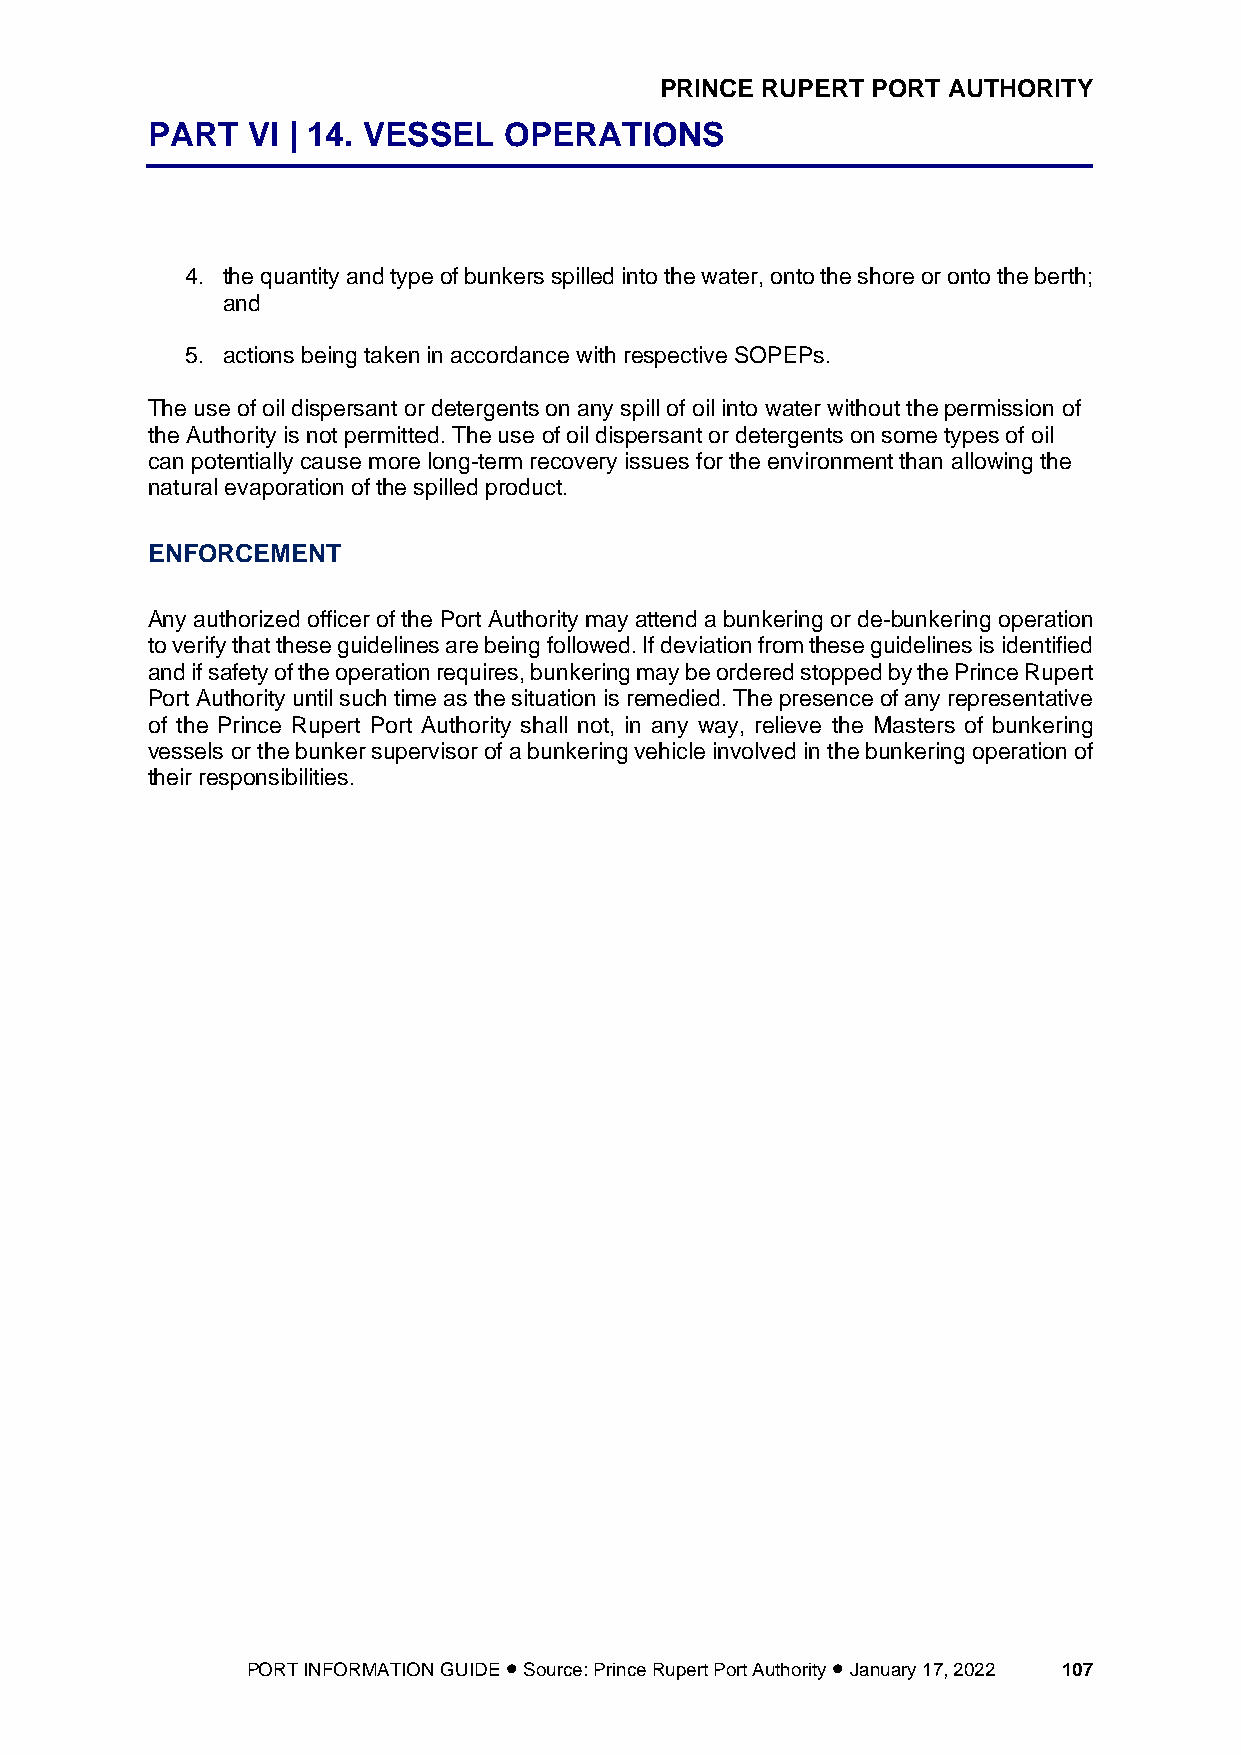
PRINCE RUPERT PORT AUTHORITY
 PART  VI | 14. VESSEL  OPERATIONS
 4. the quantity and type of bunkers spilled into the water, onto the shore or onto the berth;
 and
 5. actions being taken in accordance with respective SOPEPs.
 The use of oil dispersant or detergents on any spill of oil into water without the permission of
 the Authority is not permitted. The use of oil dispersant or detergents on some types of oil
 can potentially cause more long-term recovery issues for the environment than allowing the
 natural evaporation of the spilled product.
 ENFORCEMENT
 Any authorized officer of the Port Authority may attend a bunkering or de-bunkering operation
 to verify that these guidelines are being followed. If deviation from these guidelines is identified
 and if safety of the operation requires, bunkering may be ordered stopped by the Prince Rupert
 Port Authority until such time as the situation is remedied. The presence of any representative
 of the Prince Rupert Port Authority shall not, in any way, relieve the Masters of bunkering
 vessels or the bunker supervisor of a bunkering vehicle involved in the bunkering operation of
 their responsibilities.
 PORT INFORMATION GUIDE • Source: Prince Rupert Port Authority • January 17, 2022 107